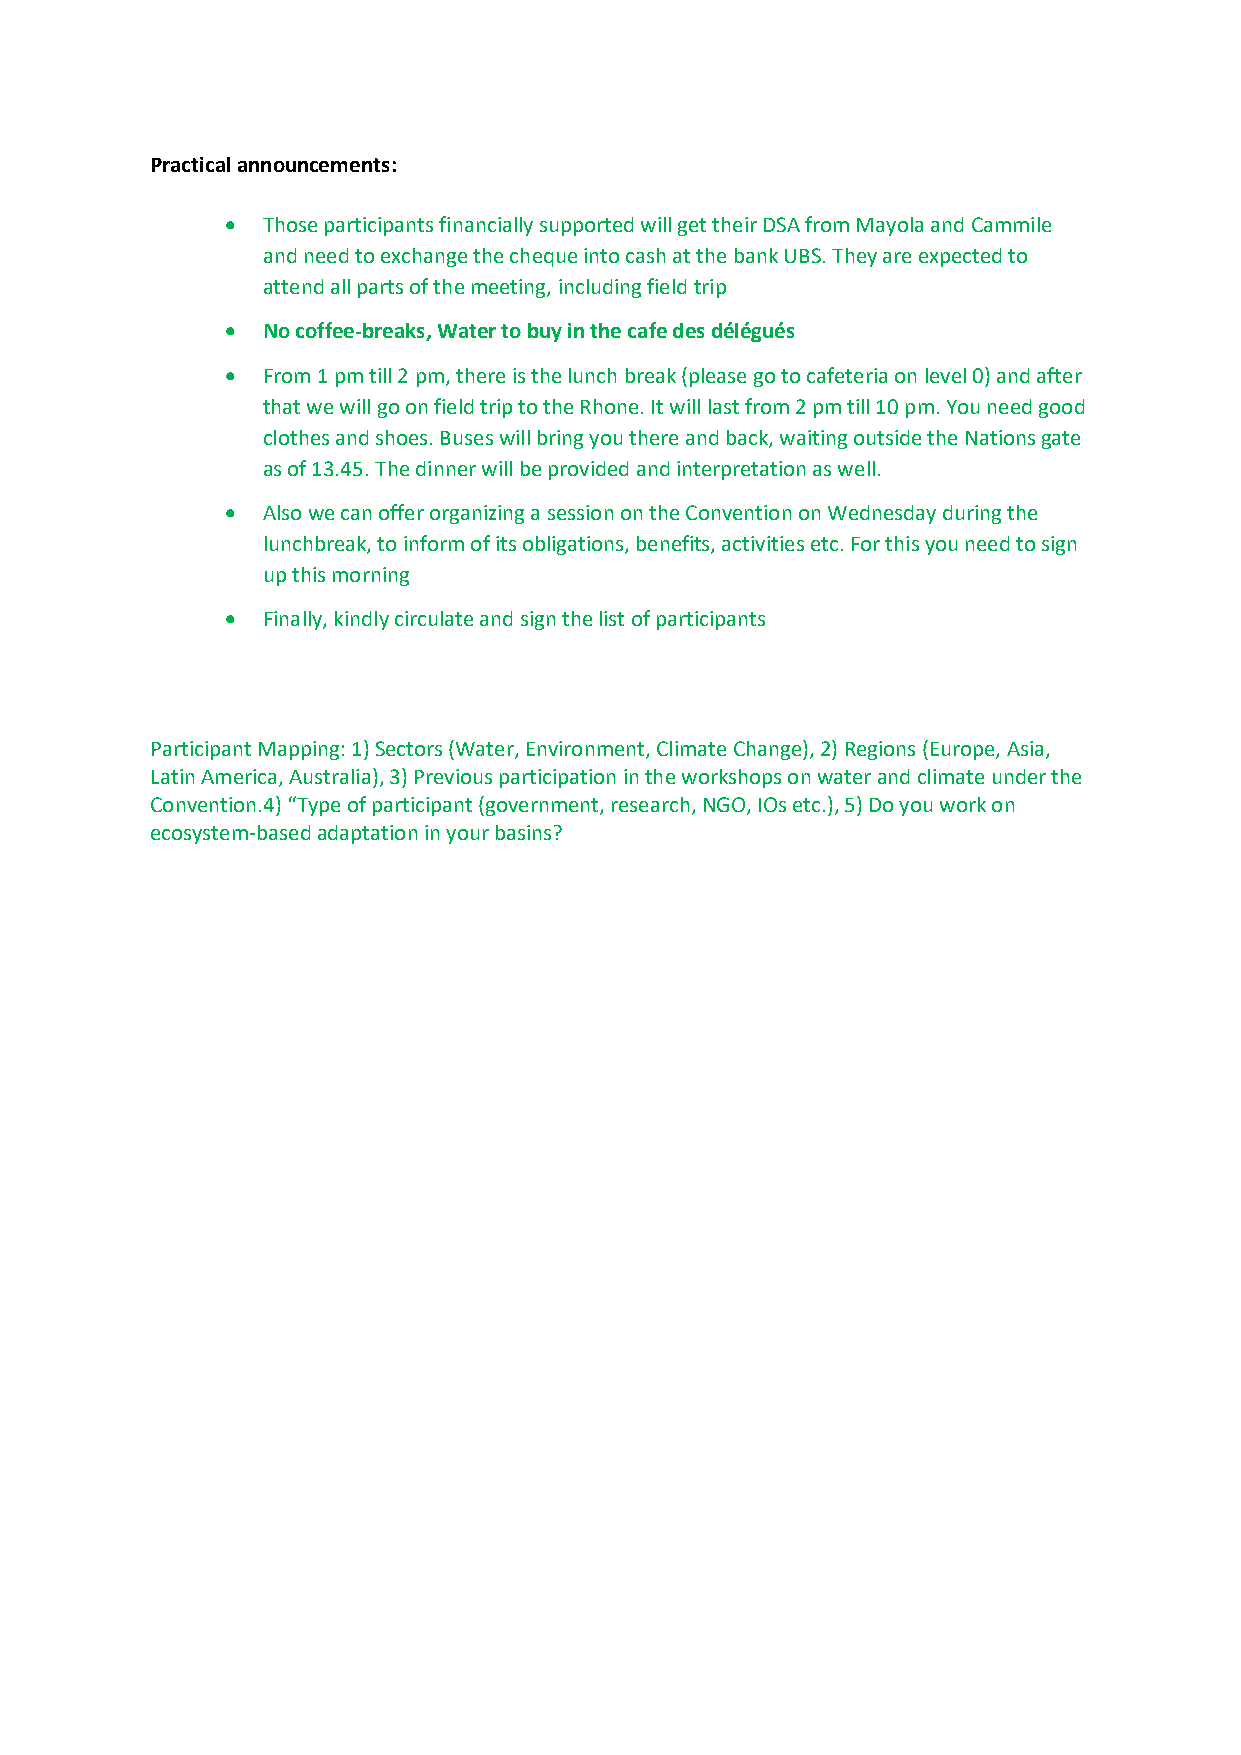
Practical announcements:
  Those participants financially supported will get their DSA from Mayola and Cammile
 and need to exchange the cheque into cash at the bank UBS. They are expected to
 attend all parts of the meeting, including field trip
  No coffee-breaks, Water to buy in the cafe des délégués
  From 1 pm till 2 pm, there is the lunch break (please go to cafeteria on level 0) and after
 that we will go on field trip to the Rhone. It will last from 2 pm till 10 pm. You need good
 clothes and shoes. Buses will bring you there and back, waiting outside the Nations gate
 as of 13.45. The dinner will be provided and interpretation as well.
  Also we can offer organizing a session on the Convention on Wednesday during the
 lunchbreak, to inform of its obligations, benefits, activities etc. For this you need to sign
 up this morning
  Finally, kindly circulate and sign the list of participants
 Participant Mapping: 1) Sectors (Water, Environment, Climate Change), 2) Regions (Europe, Asia,
 Latin America, Australia), 3) Previous participation in the workshops on water and climate under the
 Convention.4) “Type of participant (government, research, NGO, IOs etc.), 5) Do you work on
 ecosystem-based adaptation in your basins?